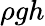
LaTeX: \rho gh